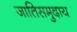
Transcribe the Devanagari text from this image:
जातिसमुदाय